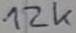
Text: 12k